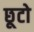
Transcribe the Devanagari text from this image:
छूटो